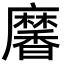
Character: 黁